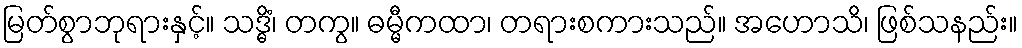
မြတ်စွာဘုရားနှင့်။ သဒ္ဓိံ၊ တကွ။ ဓမ္မီကထာ၊ တရားစကားသည်။ အဟောသိ၊ ဖြစ်သနည်း။